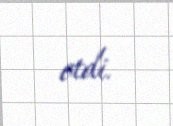
etdi.